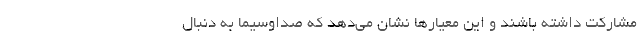
مشارکت داشته باشند و این معیارها نشان می‌دهد که صداوسیما به دنبال